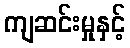
ကျဆင်းမှုနှင့်